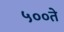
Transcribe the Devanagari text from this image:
५००ते